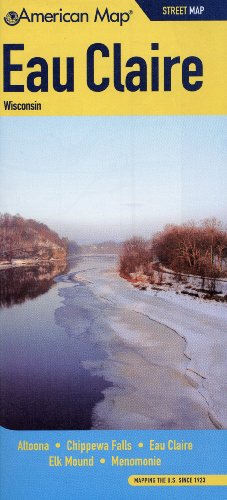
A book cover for Eau Claire WI Street Map (American Map); American Map; Travel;